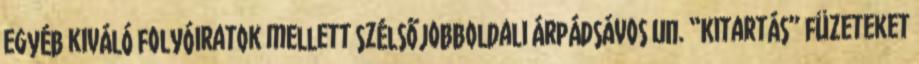
egyéb kiváló folyóiratok mellett szélsőjobboldali árpádsávos un. “Kitartás” füzeteket